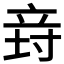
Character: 𥩸